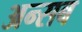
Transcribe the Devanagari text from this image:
अन्सब